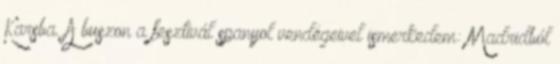
Karsba. A buszon a fesztivál spanyol vendégeivel ismerkedem: Madridból